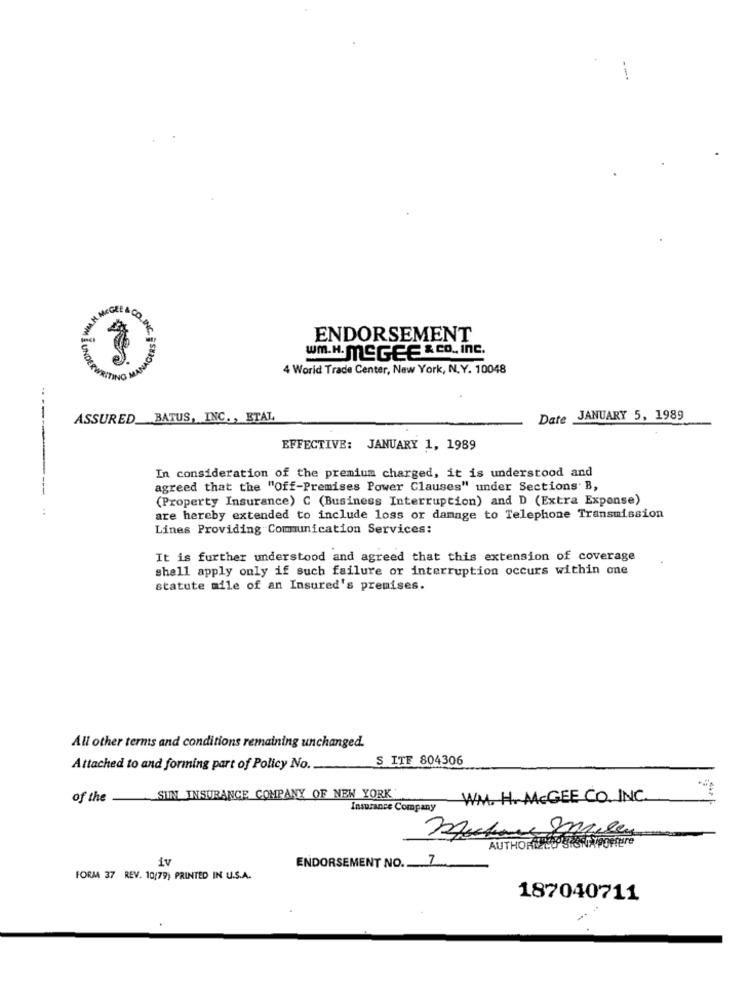
--.
NUM. MEGLE A.CO.IL
ENDORSEMENT
UND
wm.H. MCGEE & CO. Inc.
4 World Trade Center, New York, N.Y. 10048
TING
ASSURED_BATUS, INC. , ETAL,
Date JANUARY 5, 1989
EFFECTIVE: JANUARY 1, 1989
In consideration of the premium charged, it is understood and
agreed that the "Off-Premises Power Clauses" under Sections. B,
(Property Insurance) C (Business Interruption) and D (Extra Expense)
are hereby extended to include loss or damage to Telephone Transmission
Lines Providing Communication Services:
It is further understood and agreed that this extension of coverage
shall apply only if such failure or interruption occurs within one
statute mile of an Insured's premises.
All other terms and conditions remaining unchanged.
S ITF 804306
Attached to and forming part of Policy No.
of the
SIN INSURANCE COMPANY OF NEW YORK
WM. H.McGEE CO. INC.
Insurance Company
AUTHORDLE
iv
ENDORSEMENT NO.
7
FORMA 37 REV. 10(79) PRINTED IN U.S.A.
187040711